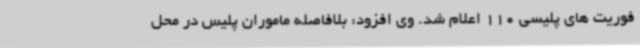
فوریت های پلیسی 110 اعلام شد. وی افزود: بلافاصله ماموران پلیس در محل